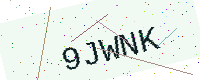
Text: 9JWNK